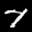
Label: 7